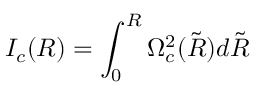
I _ { c } ( R ) = \int _ { 0 } ^ { R } \Omega _ { c } ^ { 2 } ( \tilde { R } ) d \tilde { R }